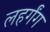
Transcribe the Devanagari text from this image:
लहर्गंग